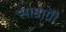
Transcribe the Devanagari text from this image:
साम्राग्नी